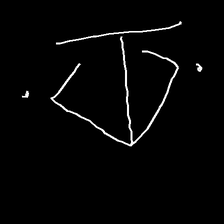
Glyph: earth